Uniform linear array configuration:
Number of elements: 4
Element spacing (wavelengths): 0.25
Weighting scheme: kaiser
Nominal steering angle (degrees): -30
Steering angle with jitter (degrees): -31.788
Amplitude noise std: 0.05
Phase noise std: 0.05

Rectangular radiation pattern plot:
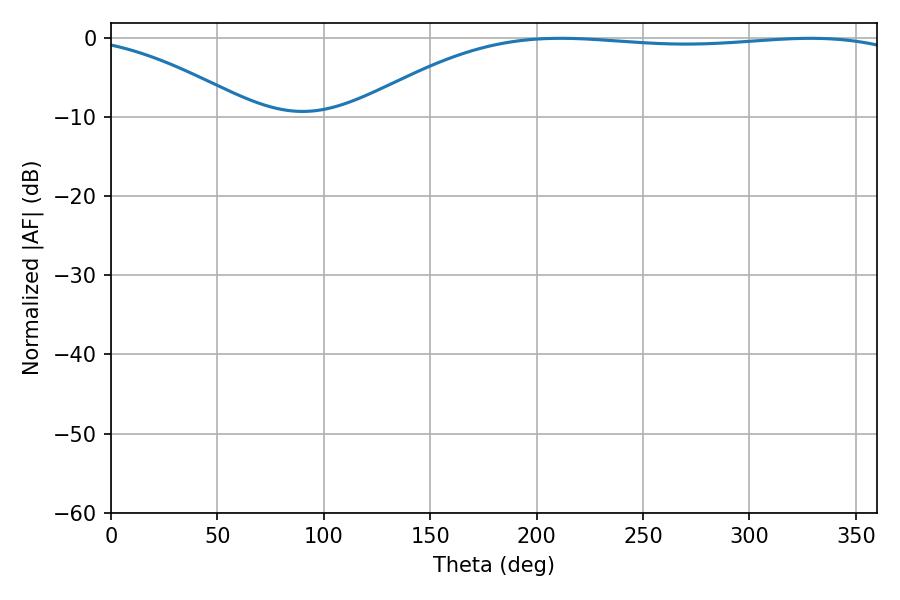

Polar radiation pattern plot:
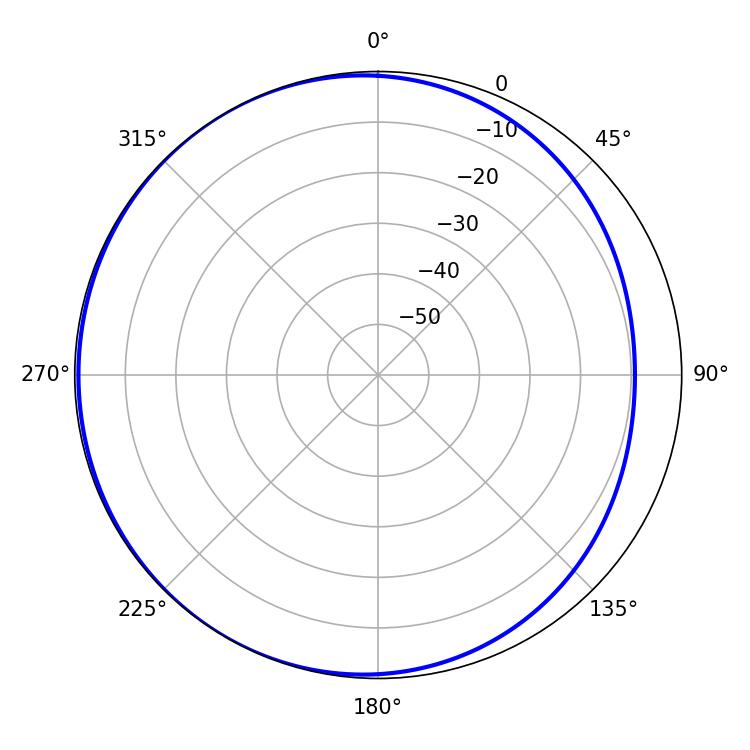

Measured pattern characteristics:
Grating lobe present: FALSE
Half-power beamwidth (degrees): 205.56
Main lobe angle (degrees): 211.32